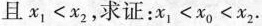
且$$x_{1}<x_{2}$$，求证：$$x_{1}<x_{0}<x_{2}$$.